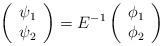
LaTeX: \begin{align*}\left(\begin{array}{c}\psi _{1} \\\psi _{2}\end{array}\right) =E^{-1}\left(\begin{array}{c}\phi _{1} \\\phi _{2}\end{array}\right) \end{align*}